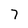
Character: 7